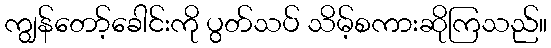
ကျွန်တော့်ခေါင်းကို ပွတ်သပ် သိမ့်စကားဆိုကြသည်။